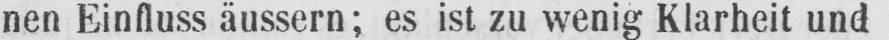
nen Einfluss äussern; es ist zu wenig Klarheit und